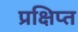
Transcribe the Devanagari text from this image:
प्रक्षिप्‍त